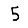
Digit: 5